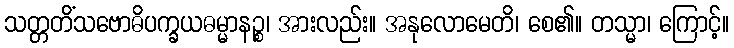
သတ္တတိံသဗောဓိပက္ခယဓမ္မာနဉ္စ၊ အားလည်း။ အနုလောမေတိ၊ စေ၏။ တသ္မာ၊ ကြောင့်။